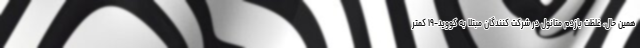
همین حال، غلظت بازدم متانول در شرکت کنندگان مبتلا به کووید-۱۹ کمتر